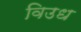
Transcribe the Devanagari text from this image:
विउध